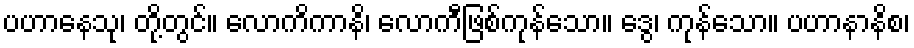
ပဟာနေသု၊ တို့တွင်။ လောကိကာနိ၊ လောကီဖြစ်ကုန်သော။ ဒွေ၊ ကုန်သော။ ပဟာနာနိစ၊